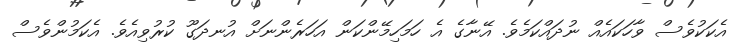
އެކަކުވެސް ވާހަކައެއް ނުދައްކަމެވެ. އޭނާގެ އެ ހަމަހިމޭންކަން އަހަރެންނަށް އުނދަގޫ ކުރުވިއެވެ. އެކަމުންވެސް